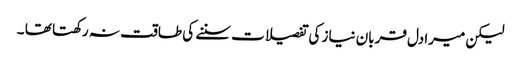
لیکن میرادل قربان نیاز کی تفصیلات سننے کی طاقت نہ رکھتا تھا ۔